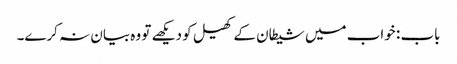
باب : خواب میں شیطان کے کھیل کو دیکھے تو وہ بیان نہ کرے۔